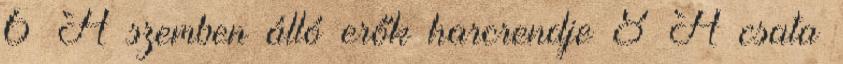
6 A szemben álló erők harcrendje 8 A csata